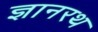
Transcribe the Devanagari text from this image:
ज्ञानरथ